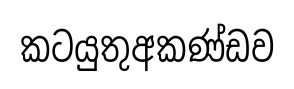
කටයුතුඅකණ්ඩව